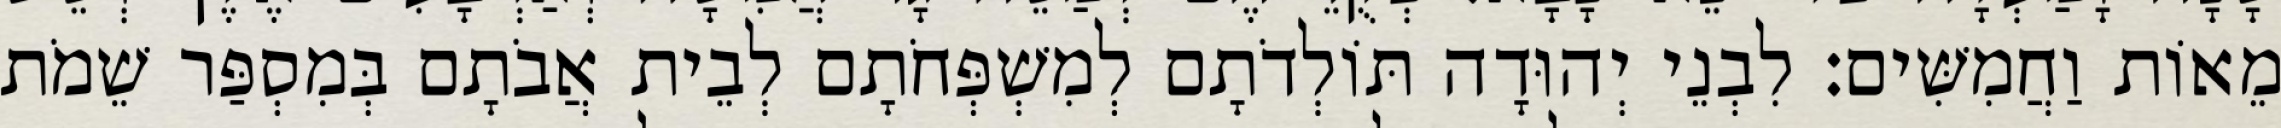
מֵאוֹת וַחֲמִשִּׁים׃ לִבְנֵי יְהוּדָה תּוֹלְדֹתָם לְמִשְׁפְּחֹתָם לְבֵית אֲבֹתָם בְּמִסְפַּר שֵׁמֹת